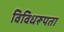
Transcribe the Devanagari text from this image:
विविधरूपता